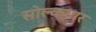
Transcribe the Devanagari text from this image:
सोल्कयार